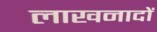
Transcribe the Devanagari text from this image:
लाखनादों